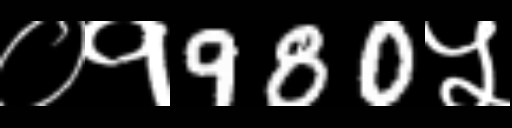
Text: ०१980५